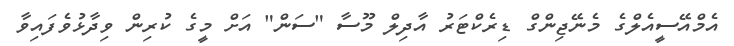
އެމްއޭސީއެލްގެ މެނޭޖިންގް ޑިރެކްޓަރު އާދިލް މޫސާ "ސަން" އަށް މީގެ ކުރިން ވިދާޅުވެފައިވާ